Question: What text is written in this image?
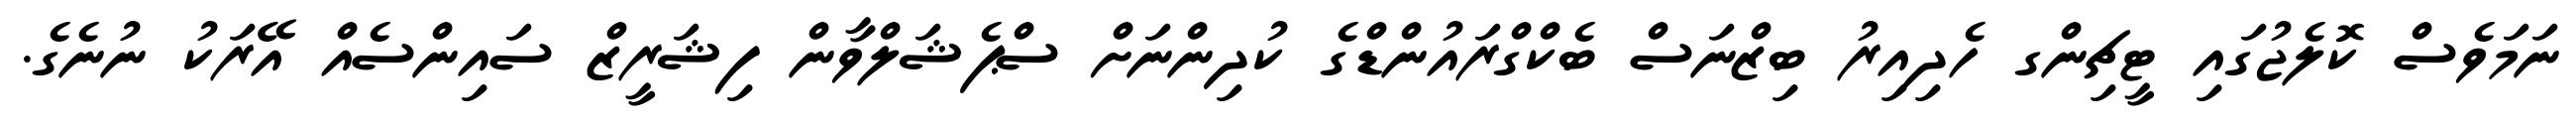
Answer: ނަމަވެސް ކޮލެޖުގައި ޓީޗިންގ ހެދިއިރު ބިޒްނަސް ބެކްގްރައުންޑްގެ ކުދިންނަށް ސްޕެޝަލްވާން ފިޝަރީޒް ސައިންސެއް އޭރަކު ނުނެގެ.